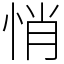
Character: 悄